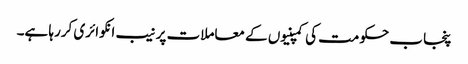
پنجاب حکومت کی کمپنیوں کے معاملات پر نیب انکوائری کررہا ہے۔